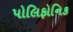
પોલિફોનિક